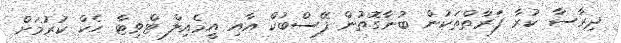
ދިރާސާ ކުރާ ފަރާތްތަކުން ބުނާގޮތުން ފޭސްބުކް އާއި އީމެއިލް ޓްވިޓާ ހެކް ކުރުމަށް